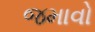
જમાવો